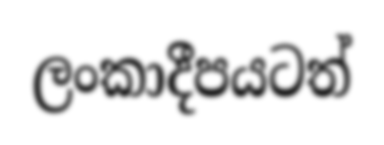
ලංකාදීපයටත්